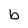
Character: b